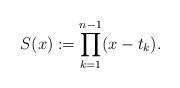
LaTeX: \begin{align*}S(x):=\prod_{k=1}^{n-1}(x-t_k).\end{align*}